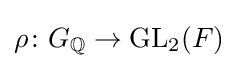
\rho \colon G_{\mathbb {Q} }\rightarrow \mathrm {GL} _{2}(F)